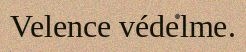
Velence védelme.